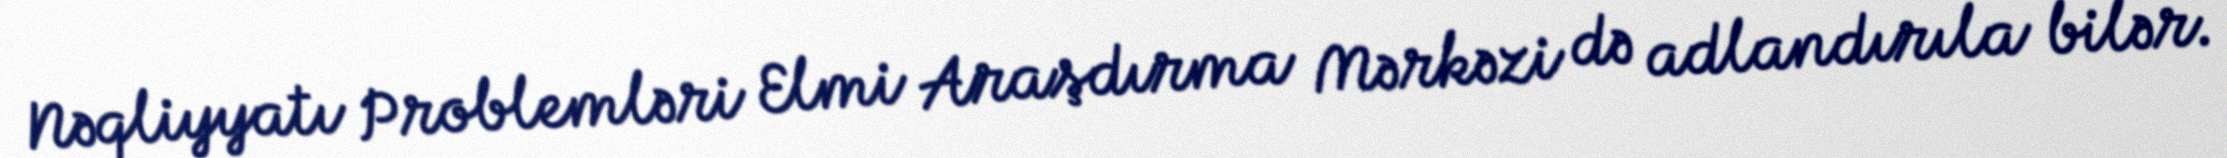
Nəqliyyatı Problemləri Elmi Araşdırma Mərkəzi də adlandırıla bilər.